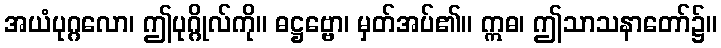
အယံပုဂ္ဂလော၊ ဤပုဂ္ဂိုလ်ကို။ ဓဋ္ဌဗ္ဗော၊ မှတ်အပ်၏။ ဣဓ၊ ဤသာသနာတော်၌။